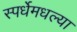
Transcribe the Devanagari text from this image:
स्पर्धेमधल्या